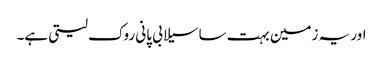
اور یہ زمین بہت سا سیلابی پانی روک لیتی ہے۔